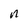
Character: n